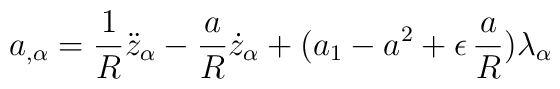
a_{,\alpha} = \frac{1}{R} \ddot{z}_{\alpha} - \frac{a}{R} \dot{z}_{\alpha}+ (a_{1} - a^2 + \epsilon \, \frac{a}{R}) \lambda_{\alpha}